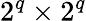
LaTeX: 2^{q}\times 2^{q}